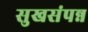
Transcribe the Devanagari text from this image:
सुखसंपन्न